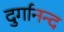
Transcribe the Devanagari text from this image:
दुर्गानन्द